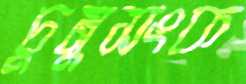
চুমুসংক